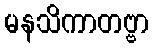
မနသိကာတဗ္ဗာ